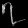
Digit: ၇